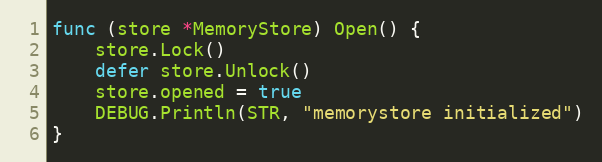
Language: Go
func (store *MemoryStore) Open() {
	store.Lock()
	defer store.Unlock()
	store.opened = true
	DEBUG.Println(STR, "memorystore initialized")
}